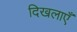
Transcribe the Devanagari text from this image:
दिखलाएँ